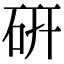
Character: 研